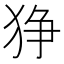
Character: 狰